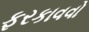
ફરકાવવો